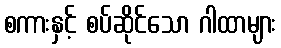
စကားနှင့် စပ်ဆိုင်သော ဂါထာများ